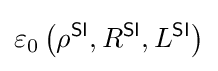
\varepsilon _{0}\left(\rho ^{\textsf {SI}},R^{\textsf {SI}},L^{\textsf {SI}}\right)